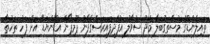
ތައިލެންޑްގެ މުސްތަގުބަލާ މެދު ސުވާލު އުފެދިފައިރަސްގެފާނު ޕޫމިޕޯން އަޑޫންޔަޑޭ އަށް ފަހު ތަހުތާ